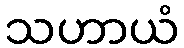
သဟာယံ